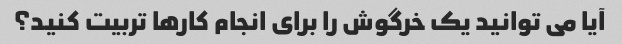
آیا می توانید یک خرگوش را برای انجام کارها تربیت کنید؟